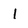
Character: 1